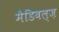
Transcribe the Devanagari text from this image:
मैडिबल्ज़